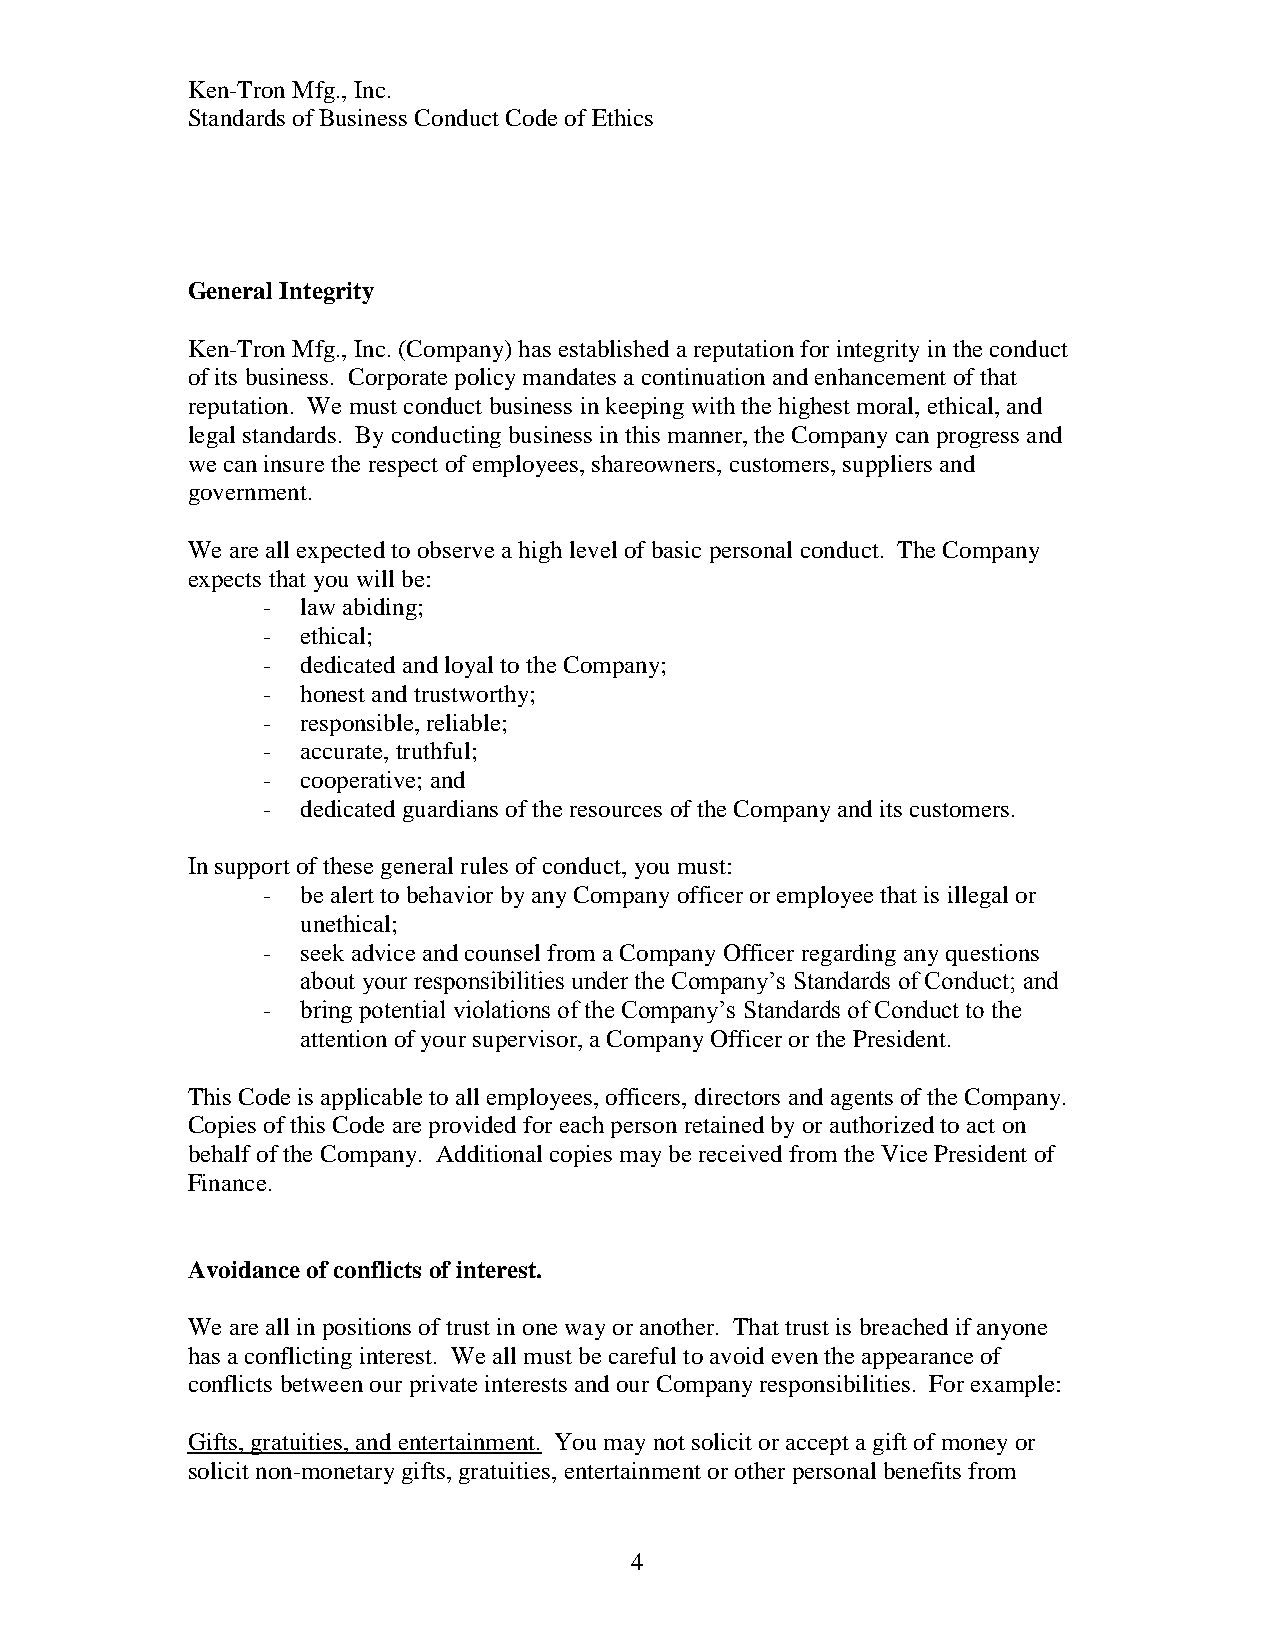
Ken-Tron Mfg., Inc.
 Standards of Business Conduct Code of Ethics
 General Integrity
 Ken-Tron Mfg., Inc. (Company) has established a reputation for integrity in the conduct
 of its business. Corporate policy mandates a continuation and enhancement of that
 reputation. We must conduct business in keeping with the highest moral, ethical, and
 legal standards. By conducting business in this manner, the Company can progress and
 we can insure the respect of employees, shareowners, customers, suppliers and
 government.
 We are all expected to observe a high level of basic personal conduct. The Company
 expects that you will be:
 -  law abiding;
 -  ethical;
 -  dedicated and loyal to the Company;
 -  honest and trustworthy;
 -  responsible, reliable;
 -  accurate, truthful;
 -  cooperative; and
 -  dedicated guardians of the resources of the Company and its customers.
 In support of these general rules of conduct, you must:
 -  be alert to behavior by any Company officer or employee that is illegal or
 unethical;
 -  seek advice and counsel from a Company Officer regarding any questions
 about your responsibilities under the Company’s Standards of Conduct; and
 -  bring potential violations of the Company’s Standards of Conduct to the
 attention of your supervisor, a Company Officer or the President.
 This Code is applicable to all employees, officers, directors and agents of the Company.
 Copies of this Code are provided for each person retained by or authorized to act on
 behalf of the Company. Additional copies may be received from the Vice President of
 Finance.
 Avoidance of conflicts of interest.
 We are all in positions of trust in one way or another. That trust is breached if anyone
 has a conflicting interest. We all must be careful to avoid even the appearance of
 conflicts between our private interests and our Company responsibilities. For example:
 Gifts, gratuities, and entertainment. You may not solicit or accept a gift of money or
 solicit non-monetary gifts, gratuities, entertainment or other personal benefits from
 4